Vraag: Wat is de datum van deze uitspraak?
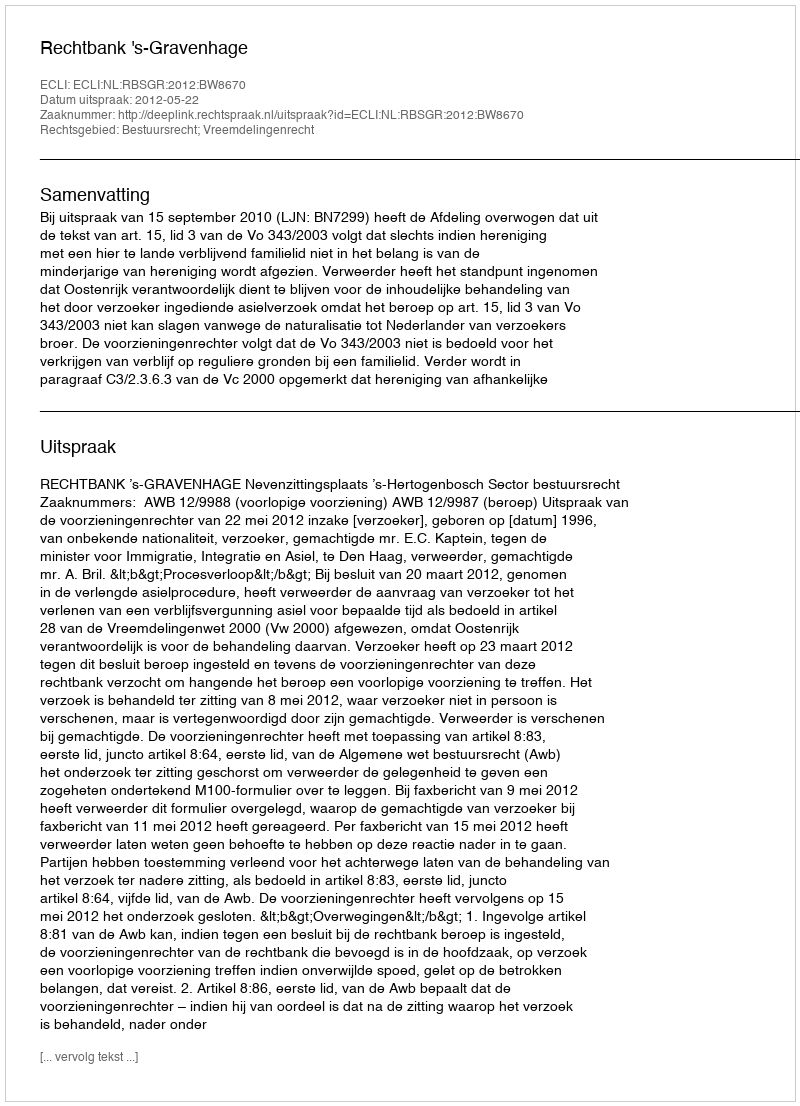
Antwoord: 2012-05-22